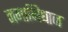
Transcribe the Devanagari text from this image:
नमाभिधान